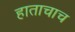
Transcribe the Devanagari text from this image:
हाताचाच